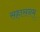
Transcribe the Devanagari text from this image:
सहासनम्